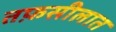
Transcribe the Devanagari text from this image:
तफ़सीलात